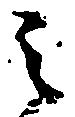
之